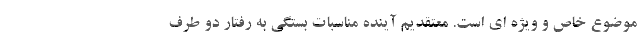
موضوع خاص و ویژه ای است. معتقدیم آینده مناسبات بستگی به رفتار دو طرف